Annual administration and progress report of the Indian Medical Department, Bombay
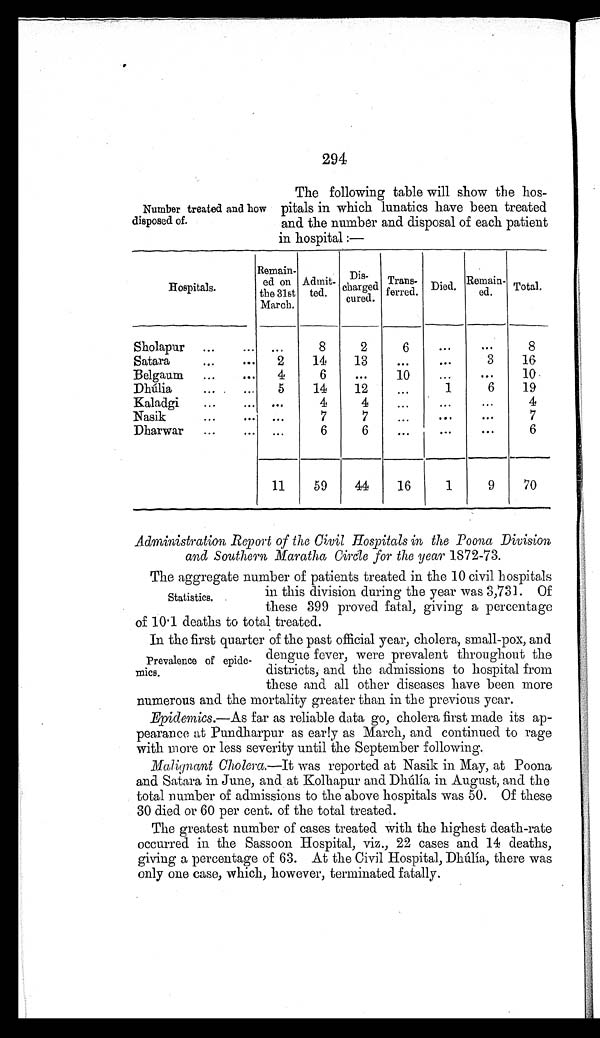
294
Number treated and how
disposed of.
The following table will show the hos-
-pitals in which lunatics have been treated
and the number and disposal of each patient
in hospital :—
Hospitals.
Remain-
ed on
the 31st
March.
Admit-
ted.
Dis-
charged
cured.
Trans-
ferred. Died. Remain- ed. Total .
Sholapur . . .
. . .
8
2
6
. . .
. . .
8
Satara . . .
2
14
13
. . .
. . .
3
16
Belgaum . . .
4
6
. . .
10
. . .
. . .
10
Dhúlia . . .
5
14
12
. . .
1
6
19
Kaladgi . . .
. . .
4
4
. . .
. . .
. . .
4
Nasik . . .
. . .
7
7
. . .
. . .
. . .
7
Dharwar . . .
. . .
6
. . .
. . .
. . .
. . .
6
11
59
44
16
1
9
70
Administration Report of the Civil Hospitals in the Poona Division
and Southern Maratha Circle for the year 1872-73.
The aggregate number of patients treated in the 10 civil hospitals
in this division during the year was 3,731. Of
these 399 proved fatal, giving a percentage
of 10 . 1 deaths to total treated.
In the first quarter of the past official year, cholera, small-pox, and
dengue fever, were prevalent throughout the
districts, and the admissions to hospital from
these and all other diseases have been more
numerous and the mortality greater than in the previous year.
Epidemics.—As far as reliable data go, cholera first made its ap
- pearance at Pundharpur as ear!y as March, and continued to rage
with more or less severity until the September following.
Malignant Cholera.—It was reported at Nasik in May, at Poona
and Satara in June, and at Kolhapur and Dhúlía in August, and the
total number of admissions to the above hospitals was 50. Of these
30 died or 60 per cent. of the total treated.
The greatest number of cases treated with the highest death-rate
occurred in the Sassoon Hospital, viz., 22 cases and 14 deaths,
giving a percentage of 63. At the Civil Hospital, Dhúlía, there was
only one case, which, however, terminated fatally.
Statistics.
Prevalence of epide--
mics.